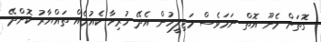
ގޮތަށް މެނޫ އޮތް ނަމަވެސް މަޖިލީހުން އެދޭ ހުރިހާ ކެއުމެއް ތައްޔާރު ކޮށްދޭ